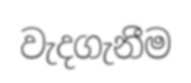
වැදගැනීම